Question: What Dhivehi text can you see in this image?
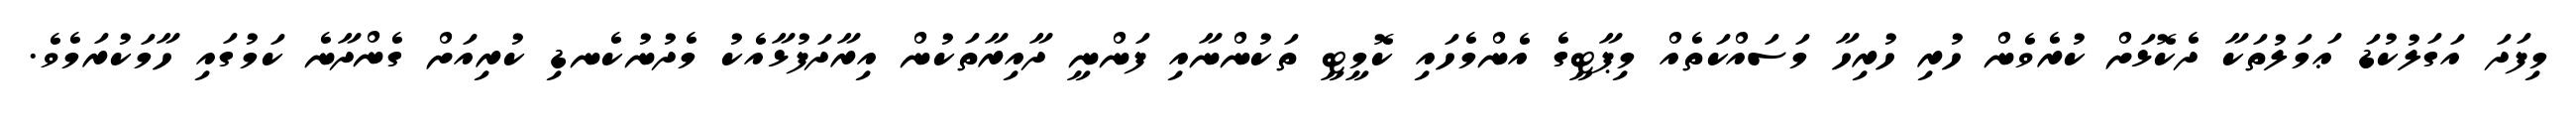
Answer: މިފަދަ އަގަލުކުޑަ ޢަމަލުތަކާ ދެކޮޅަށް ކުރެވެން ހުރި ހުރިހާ މަސައްކަތެއް މިޕާޓީގެ އެންމެހައި ކޮމީޓީ ތަކުންނާއި ފަންނީ ދާއިރާތަކުން އިރާދަފުޅާއެކު މެދުނުކެނޑި ކުރިއަށް ގެންދާނެ ކަމުގައި ހާމަކުރަމެވެ.